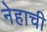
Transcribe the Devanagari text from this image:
नेहाची